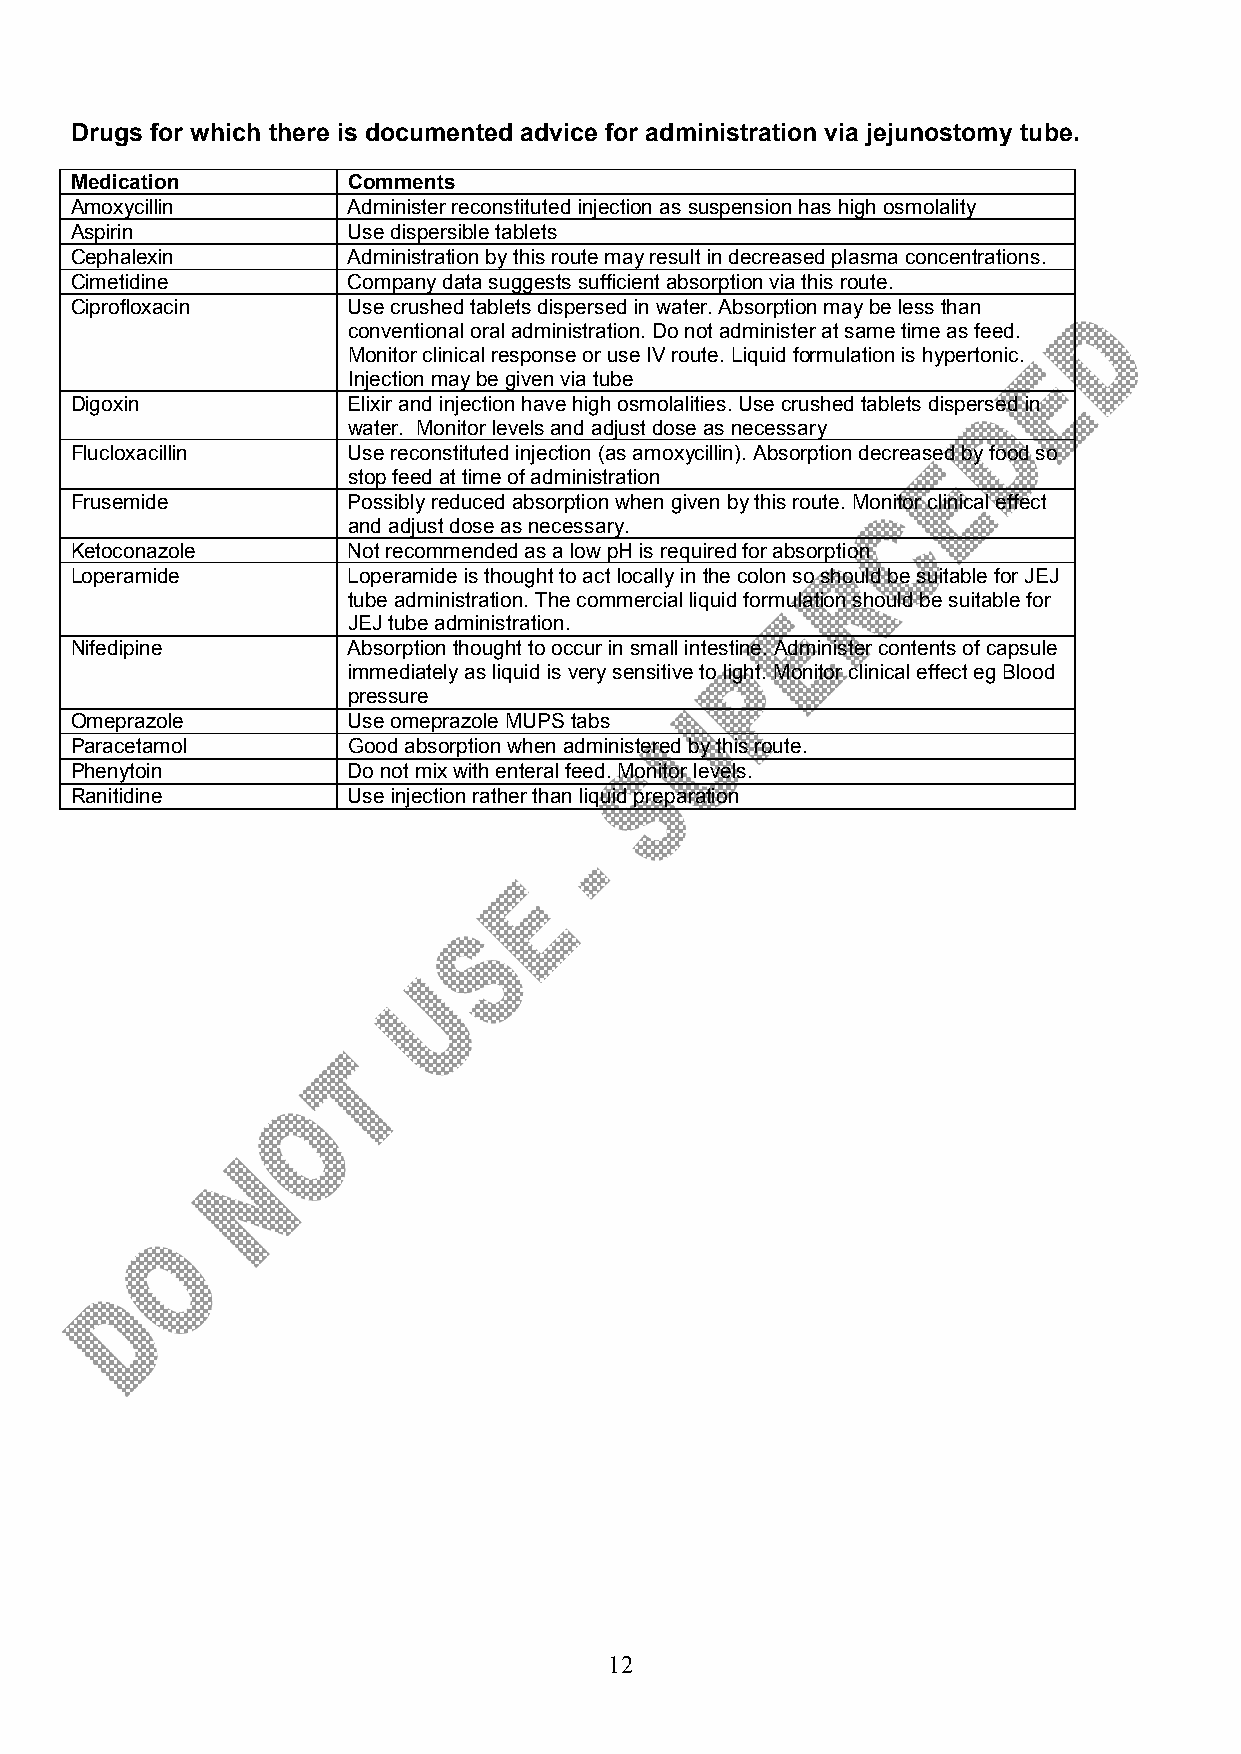
Drugs for which there is documented advice for administration via jejunostomy tube.
 Medication        Comments
 Amoxycillin       Administer reconstituted injection as suspension has high osmolality
 Aspirin           Use dispersible tablets
 Cephalexin        Administration by this route may result in decreased plasma concentrations.
 Cimetidine        Company data suggests sufficient absorption via this route.
 Ciprofloxacin     Use crushed tablets dispersed in water. Absorption may be less than
 conventional oral administration. Do not administer at same time as feed.
 Monitor clinical response or use IV route. Liquid formulation is hypertonic.
 Injection may be given via tube
 Digoxin           Elixir and injection have high osmolalities. Use crushed tablets dispersed in
 water. Monitor levels and adjust dose as necessary
 Flucloxacillin    Use reconstituted injection (as amoxycillin). Absorption decreased by food so
 stop feed at time of administration
 Frusemide         Possibly reduced absorption when given by this route. Monitor clinical effect
 and adjust dose as necessary.
 Ketoconazole      Not recommended as a low pH is required for absorption
 Loperamide        Loperamide is thought to act locally in the colon so should be suitable for JEJ
 tube administration. The commercial liquid formulation should be suitable for
 JEJ tube administration.
 Nifedipine        Absorption thought to occur in small intestine. Administer contents of capsule
 immediately as liquid is very sensitive to light. Monitor clinical effect eg Blood
 pressure
 Omeprazole        Use omeprazole MUPS tabs
 Paracetamol       Good absorption when administered by this route.
 Phenytoin         Do not mix with enteral feed. Monitor levels.
 Ranitidine        Use injection rather than liquid preparation
 12